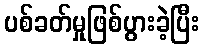
ပစ်ခတ်မှုဖြစ်ပွားခဲ့ပြီး